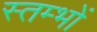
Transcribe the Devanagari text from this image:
स्‍तम्‍भों